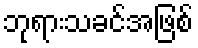
ဘုရားသခင်အဖြစ်